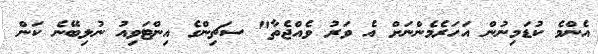
އެންމެ ކުޑަމިނުން އަހަރެމެންނަށް އެ ވަރު ވެއްޖެތާ" ސަޗިންގެ އިންޓަވިއު ނުލިބޭނެ ކަން